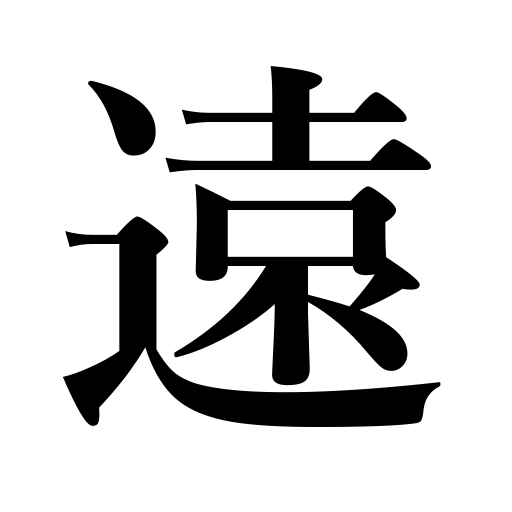
Meanings: remote,hard of hearing,distant,far